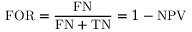
\mathrm { F O R } = { \frac { \mathrm { F N } } { \mathrm { F N } + \mathrm { T N } } } = 1 - \mathrm { N P V }